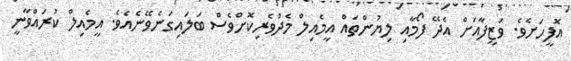
އޮފީހަށެވެ. ވަޒީފާއަށް އެދޭ ފޯމާއި ލިޔުންތައް އީމެއިލް މެދުވެރިކޮށްވެސް ބަލައިގަނެވޭނެއެވެ. އީމެއިލް ކުރައްވާނީ